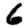
Digit: 6